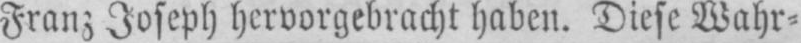
Franz Joseph hervorgebracht haben. Diese Wahr⸗